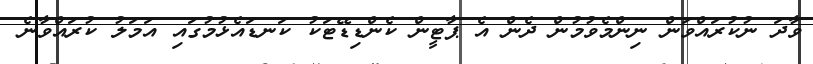
ވާދަ ނުކުރައްވަން ނިންމެވުމުން ދެން އެ ޕާޓީން ކެންޑިޑޭޓަކު ކަނޑައެޅުމުގައި އަމަލު ކުރައްވާނެ